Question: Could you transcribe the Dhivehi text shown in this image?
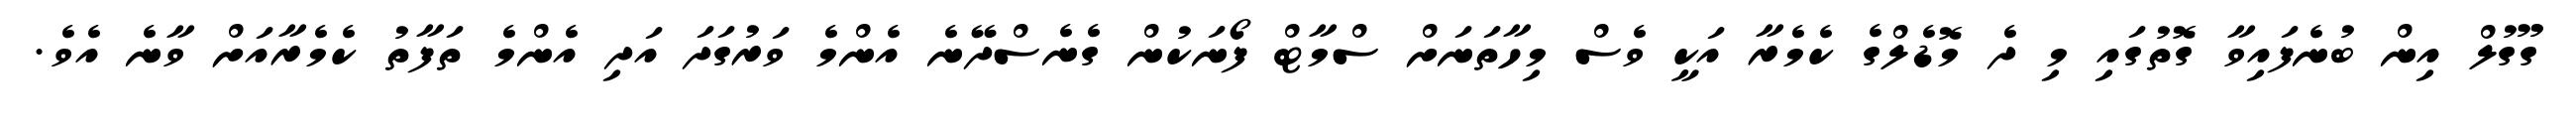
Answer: ގޫގުލް އިން ބުނެފައިވާ ގޮތުގައި މި ދެ މޮޑެލްގެ ކެމެރާ އަކީ ވެސް މިހާތަނަށް ސްމާޓް ފޯނަކުން ގެނެސްދޭނެ އެންމެ ވަރުގަދަ އަދި އެންމެ ތަފާތު ކެމެރާއަށް ވާނެ އެވެ.